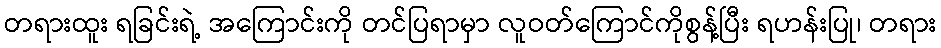
တရားထူး ရခြင်းရဲ့ အကြောင်းကို တင်ပြရာမှာ လူဝတ်ကြောင်ကိုစွန့်ပြီး ရဟန်းပြု၊ တရား